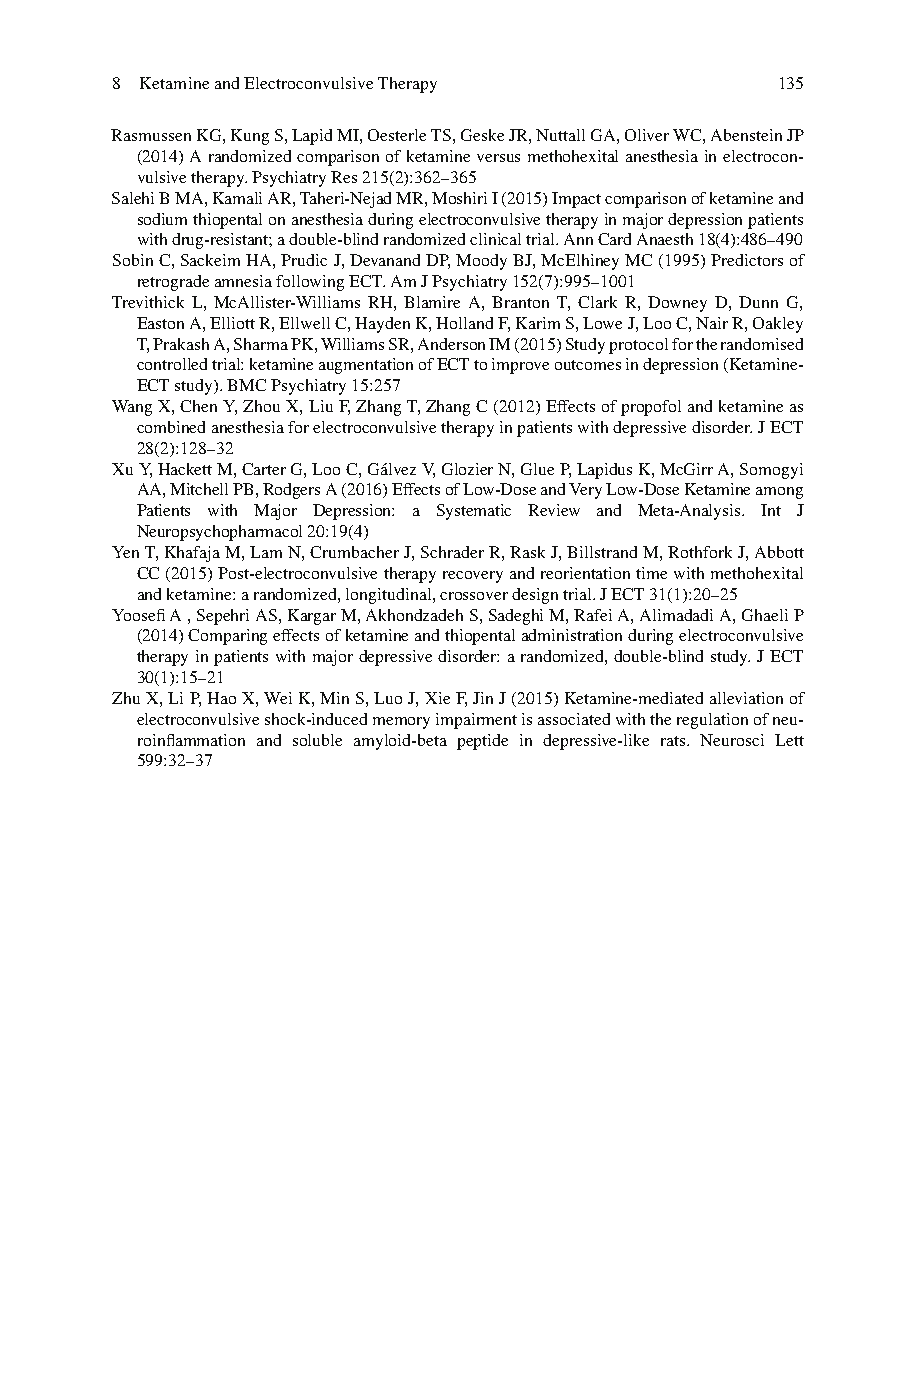
8 Ketamine and Electroconvulsive Therapy    135
 Rasmussen KG, Kung S, Lapid MI, Oesterle TS, Geske JR, Nuttall GA, Oliver WC, Abenstein JP
 (2014) A randomized comparison of ketamine versus methohexital anesthesia in electrocon-
 vulsive therapy. Psychiatry Res 215(2):362–365
 S alehi B MA, Kamali AR, Taheri-Nejad MR, Moshiri I (2015) Impact comparison of ketamine and
 sodium thiopental on anesthesia during electroconvulsive therapy in major depression patients
 with drug-resistant; a double-blind randomized clinical trial. Ann Card Anaesth 18(4):486–490
 Sobin C, Sackeim HA, Prudic J, Devanand DP, Moody BJ, McElhiney MC (1995) Predictors of
 retrograde amnesia following ECT. Am J Psychiatry 152(7):995–1001
 Trevithick L, McAllister-Williams RH, Blamire A, Branton T, Clark R, Downey D, Dunn G,
 Easton A, Elliott R, Ellwell C, Hayden K, Holland F, Karim S, Lowe J, Loo C, Nair R, Oakley
 T, Prakash A, Sharma PK, Williams SR, Anderson IM (2015) Study protocol for the randomised
 controlled trial: ketamine augmentation of ECT to improve outcomes in depression (Ketamine-
 ECT study). BMC Psychiatry 15:257
 W ang X, Chen Y, Zhou X, Liu F, Zhang T, Zhang C (2012) Effects of propofol and ketamine as
 combined anesthesia for electroconvulsive therapy in patients with depressive disorder. J ECT
 28(2):128–32
 Xu Y, Hackett M, Carter G, Loo C, Gálvez V, Glozier N, Glue P, Lapidus K, McGirr A, Somogyi
 AA, Mitchell PB, Rodgers A (2016) Effects of Low-Dose and Very Low-Dose Ketamine among
 Patients with Major Depression: a Systematic Review and Meta-Analysis. Int J
 Neuropsychopharmacol 20:19(4)
 Y en T, Khafaja M, Lam N, Crumbacher J, Schrader R, Rask J, Billstrand M, Rothfork J, Abbott
 CC (2015) Post-electroconvulsive therapy recovery and reorientation time with methohexital
 and ketamine: a randomized, longitudinal, crossover design trial. J ECT 31(1):20–25
 Yoosefi A , Sepehri AS, Kargar M, Akhondzadeh S, Sadeghi M, Rafei A, Alimadadi A, Ghaeli P
 (2014) Comparing effects of ketamine and thiopental administration during electroconvulsive
 therapy in patients with major depressive disorder: a randomized, double-blind study. J ECT
 30(1):15–21
 Zhu X, Li P, Hao X, Wei K, Min S, Luo J, Xie F, Jin J (2015) Ketamine-mediated alleviation of
 electroconvulsive shock-induced memory impairment is associated with the regulation of neu-
 roinfl ammation and soluble amyloid-beta peptide in depressive-like rats. Neurosci Lett
 599:32–37